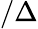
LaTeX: /\Delta